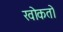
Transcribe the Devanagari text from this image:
खोकतो